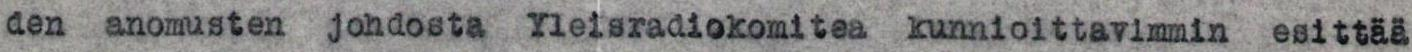
den anomusten johdosta Yleisradiokomitea kunnioittavimmin esittää